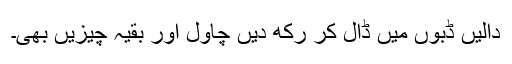
دالیں ڈبوں میں ڈال کر رکھ دیں چاول اور بقیہ چیزیں بھی۔